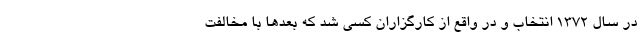
در سال ۱۳۷۲ انتخاب و در واقع از کارگزاران کسی شد که بعدها با مخالفت